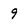
Character: 9